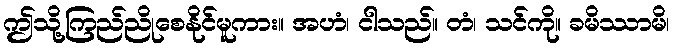
ဤသို့ကြည်ညိုစေနိုင်မူကား။ အဟံ၊ ငါသည်။ တံ၊ သင်ကို။ ခမိဿာမိ၊